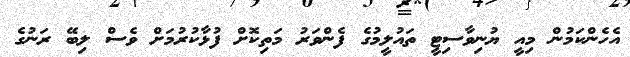
އެހެންކަމުން މިއީ ޔުނިވާސިޓީ ތައުލީމުގެ ފެންވަރު މަތިކޮށް ފުޅާކުރުމަށް ވެސް ލިބޭ ރަނުގެ